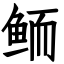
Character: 鲕